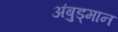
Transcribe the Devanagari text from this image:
अंबुड्मान